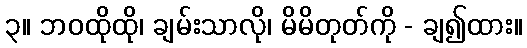
၃။ ဘဝထိုထို၊ ချမ်းသာလို၊ မိမိတုတ်ကို - ချ၍ထား။